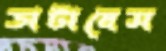
ডাটাবেস